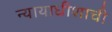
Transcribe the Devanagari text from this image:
न्यायाधीशाची